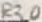
Text: R30